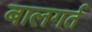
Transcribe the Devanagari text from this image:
बालगर्त